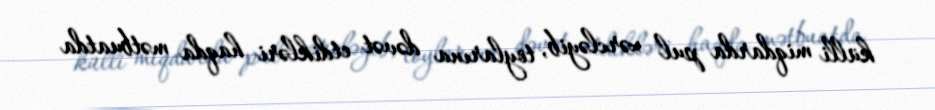
külli miqdarda pul xərcləyib, toylarına dəvət etdikləri haqda mətbuatda